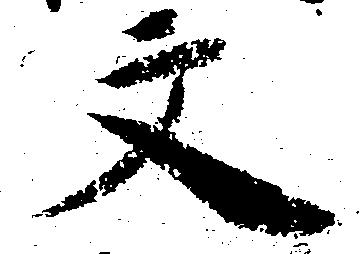
文